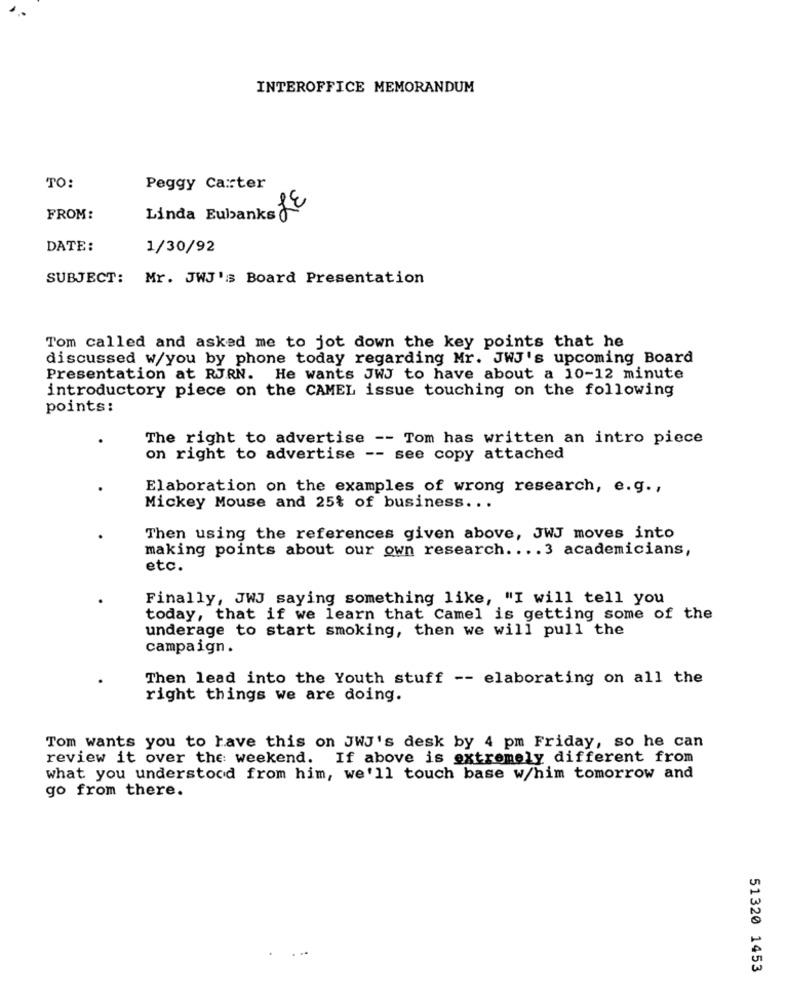
INTEROFFICE MEMORANDUM
TO:
Peggy Carter
FROM:
Linda Eubanks Le
DATE:
1/30/92
SUBJECT: Mr. JWJ's Board Presentation
Tom called and asked me to jot down the key points that he
discussed w/you by phone today regarding Mr. JWJ's upcoming Board
Presentation at RJRN. He wants JWJ to have about a 10-12 minute
introductory piece on the CAMEL issue touching on the following
points:
The right to advertise -- Tom has written an intro piece
on right to advertise -- see copy attached
Elaboration on the examples of wrong research, e.g .,
Mickey Mouse and 25% of business ...
Then using the references given above, JWJ moves into
making points about our own research .... 3 academicians,
etc.
Finally, JWJ saying something like, "I will tell you
today, that if we learn that Camel is getting some of the
underage to start smoking, then we will pull the
campaign .
Then lead into the Youth stuff -- elaborating on all the
right things we are doing.
Tom wants you to have this on JWJ's desk by 4 pm Friday, so he can
review it over the weekend. If above is extremely different from
what you understood from him, we'll touch base w/him tomorrow and
go from there.
51320 1453